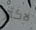
لاكثر